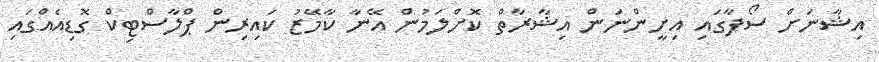
އިޝާނަށް ސޯފާގައި އިށީންނަން އިޝާރާތް ކޮށްލަމުން އޭނާ ކާމޭޒު ކައިރިން ޕްލާސްޓިކް ގޮޑިއެއްގައި